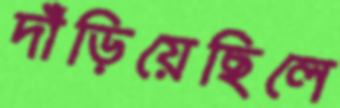
দাঁড়িয়েছিলে